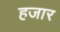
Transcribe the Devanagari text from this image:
हजार